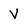
Character: V